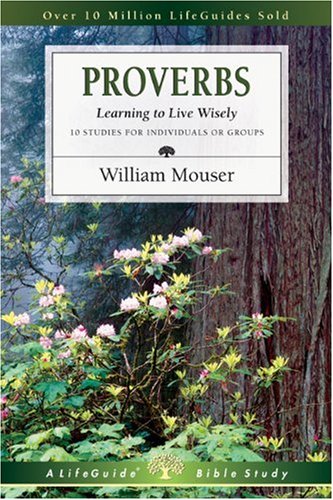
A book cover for Proverbs: Learning to Live Wisely (Lifeguide Bible Studies); William Mouser Jr.; Christian Books & Bibles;